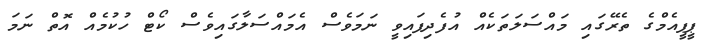
ޕީޕީއެމްގެ ތެރޭގައި މައްސަލަތަކެއް އުފެދިފައިވީ ނަމަވެސް އެމައްސަލާގައިވެސް ކޯޓް ހުކުމެެއް އޮތް ނަމަ